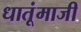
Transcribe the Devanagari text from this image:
धातूंमाजी